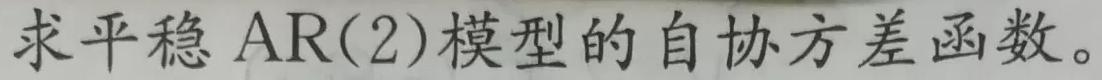
求平稳 $\mathrm{AR}(2)$模型的自协方差函数。